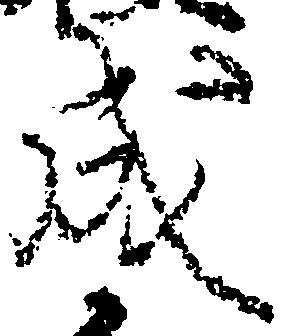
成